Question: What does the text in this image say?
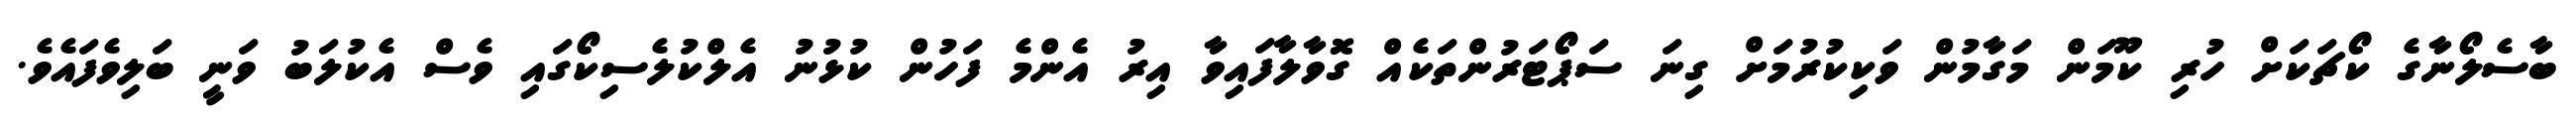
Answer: ބާސެލޯނާގެ ކޯޗަކަށް ހުރި ކޫމަން މަގާމުން ވަކިކުރުމަށް ގިނަ ސަޕޯޓަރުންތަކެއް ގޮވާލާފައިވާ އިރު އެންމެ ފަހުން ކުޅުނު އެލްކުލެސިކޯގައި ވެސް އެކުލަބު ވަނީ ބަލިވެފައެވެ.